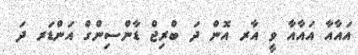
އައާއާ އައާއާ ވީ އާރ އޮން ދަ ބްރިޖް ޑާންސިންގް އަންޑަރ ދަ